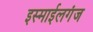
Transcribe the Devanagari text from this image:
इस्माईलगंज